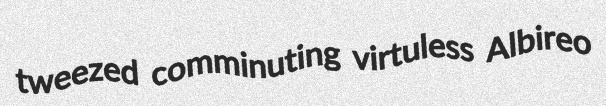
tweezed comminuting virtuless Albireo